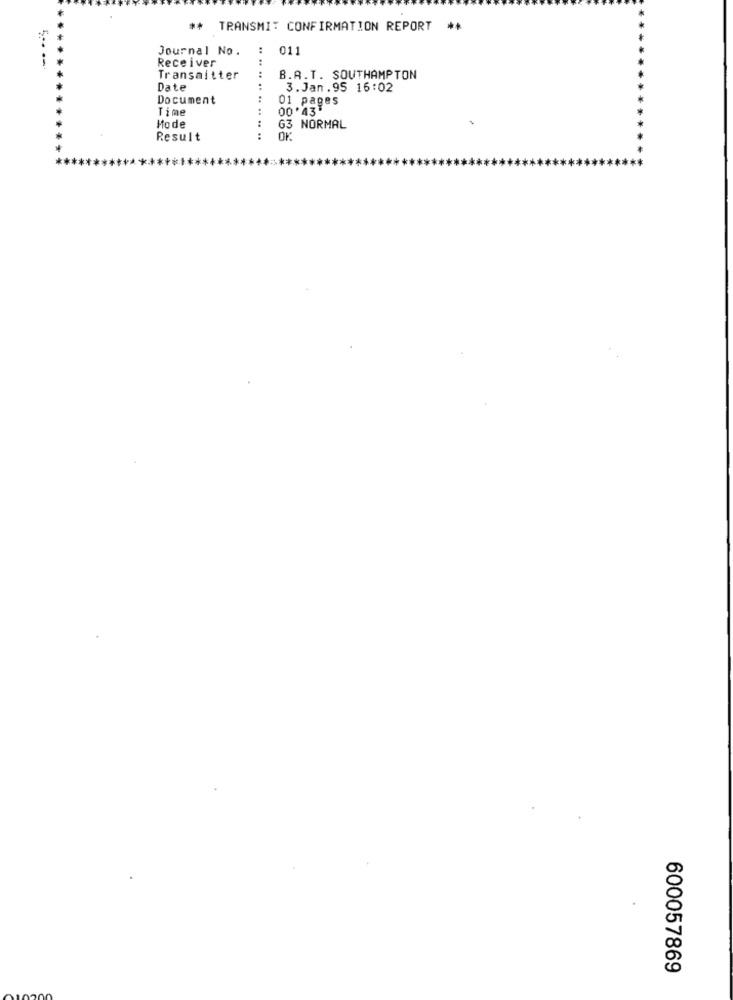
** TRANSMIT CONFIRMATION REPORT **
Journal No.
011
Receiver
Transmitter
B.A.T. SOUTHAMPTON
Date
3.Jan.95 16:02
Document
01 pages
Time
..
00.43
Mode
..
63 NORMAL
Result
OK
600057869